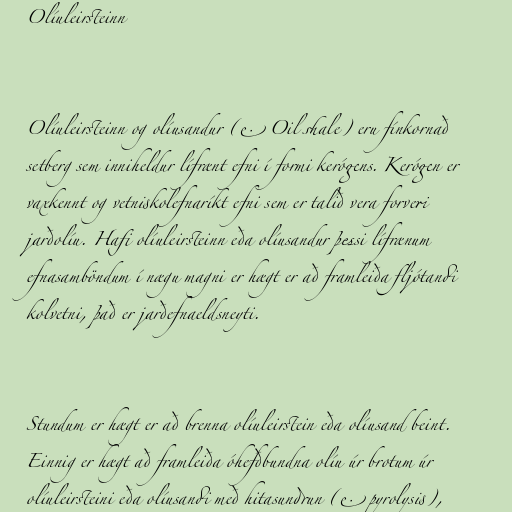
Olíuleirsteinn

Olíuleirsteinn og olíusandur (e. Oil shale) eru fínkornað
setberg sem inniheldur lífrænt efni í formi kerógens. Kerógen er
vaxkennt og vetniskolefnaríkt efni sem er talið vera forveri
jarðolíu. Hafi olíuleirsteinn eða olíusandur þessi lífrænum
efnasamböndum í nægu magni er hægt er að framleiða fljótandi
kolvetni, það er jarðefnaeldsneyti.

Stundum er hægt er að brenna olíuleirstein eða olíusand beint.
Einnig er hægt að framleiða óhefðbundna olíu úr brotum úr
olíuleirsteini eða olíusandi með hitasundrun (e. pyrolysis),